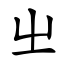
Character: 㞢